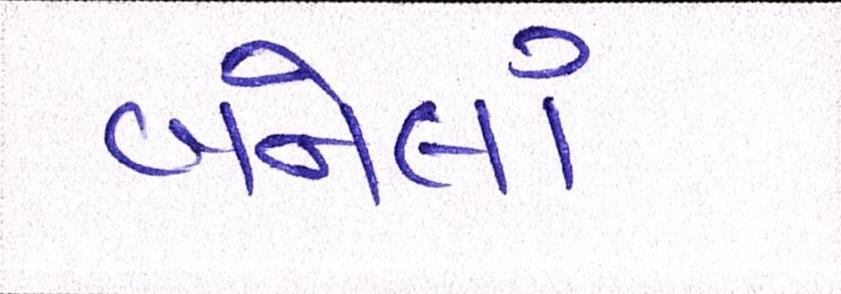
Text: બનેલાં